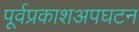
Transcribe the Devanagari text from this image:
पूर्वप्रकाशअपघटन